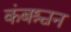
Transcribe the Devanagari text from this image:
कंबश्चन